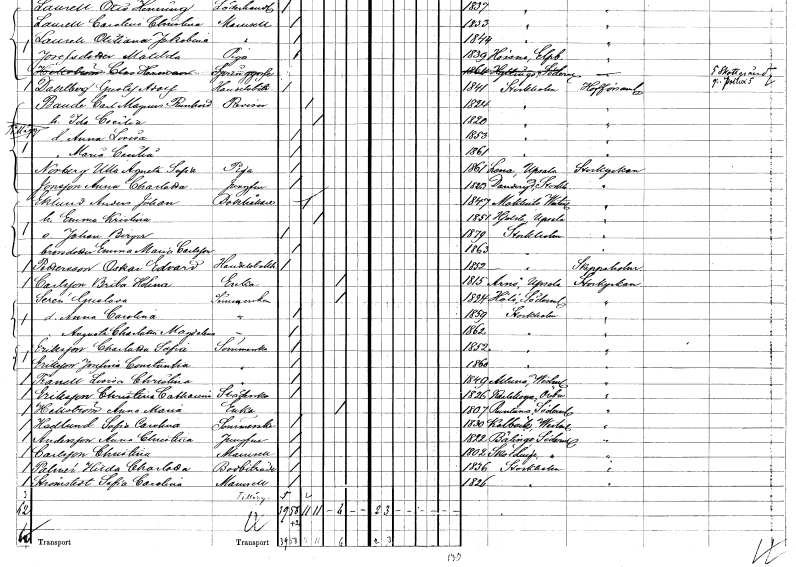
gt_parse: households: individuals: FN: Anna Lovisa
KON: K
CIV: O
FODAR: 1853
FODFORS: Stockholm
FN: Maria Cecilia
KON: K
CIV: O
FODAR: 1861
FODFORS: Stockholm
FN: Ulla Augusta Sofia
EN: Norberg
YRKE: Piga
KON: K
CIV: O
FODAR: 1861
FODFORS: Lena Uppsala län
FN: Anna Charlotta
EN: Jonsson
YRKE: Jungfru
KON: K
CIV: O
FODAR: 1823
FODFORS: Danderyd Stockholms län
FN: Anders Johan
EN: Eklund
YRKE: Bokhållare
KON: M
CIV: G
FODAR: 1847
FODFORS: Möklinta Västmanlands län
FN: Emma Kristina
KON: K
CIV: G
FODAR: 1851
FODFORS: Hjälsta Uppsala län
FN: Johan Birger
KON: M
CIV: O
FODAR: 1879
FODFORS: Stockholm
FN: Emma Maria
EN: Carlsson
KON: K
CIV: O
FODAR: 1863
FODFORS: Stockholm
FN: Oskar Edvard
EN: Pettersson
YRKE: Handelsbokhållare
KON: M
CIV: O
FODAR: 1852
FODFORS: Stockholm
FN: Brita Helena
EN: Carlsson
YRKE: Änka
KON: K
CIV: E
FODAR: 1815
FODFORS: Arnö Uppsala län
FN: Gustava
EN: Seren
YRKE: Sömmerska
KON: K
CIV: E
FODAR: 1824
FODFORS: Hölö Stockholms län
FN: Anna Carolina
YRKE: Sömmerska
KON: K
CIV: O
FODAR: 1859
FODFORS: Stockholm
FN: Augusta Charlotta Magdalena
YRKE: Sömmerska
KON: K
CIV: O
FODAR: 1862
FODFORS: Stockholm
FN: Charlotta Sofia
EN: Eriksson
YRKE: Sömmerska
KON: K
CIV: O
FODAR: 1852
FODFORS: Stockholm
FN: Josefina Constantia
EN: Eriksson
YRKE: Sömmerska
KON: K
CIV: O
FODAR: 1860
FODFORS: Stockholm
FN: Lovisa Christina
EN: Tranell
YRKE: Sömmerska
KON: K
CIV: O
FODAR: 1849
FODFORS: Altuna Uppsala län
FN: Christina Catharina
EN: Eriksson
YRKE: Städerska
KON: K
CIV: O
FODAR: 1826
FODFORS: Karlskoga Örebro län
FN: Anna Maria
EN: Hellström
YRKE: Änka
KON: K
CIV: E
FODAR: 1807
FODFORS: Runtuna Södermanlands län
FN: Sofia Carolina
EN: Hedlund
YRKE: Sömmerska
KON: K
CIV: O
FODAR: 1830
FODFORS: Kolbäck Västmanlands län
FN: Anna Christina
EN: Andersson
YRKE: Jungfru
KON: K
CIV: O
FODAR: 1822
FODFORS: Bälinge Södermanlands län
FN: Christina
EN: Carlsson
KON: K
CIV: O
FODAR: 1802
FODFORS: Sköldinge Södermanlands län
FN: Hilda Charlotta
EN: Palmér
YRKE: Bodbiträde
KON: K
CIV: O
FODAR: 1836
FODFORS: Stockholm
FN: Sofia Carolina
EN: Strömstedt
KON: K
CIV: O
FODAR: 1826
FODFORS: Stockholm